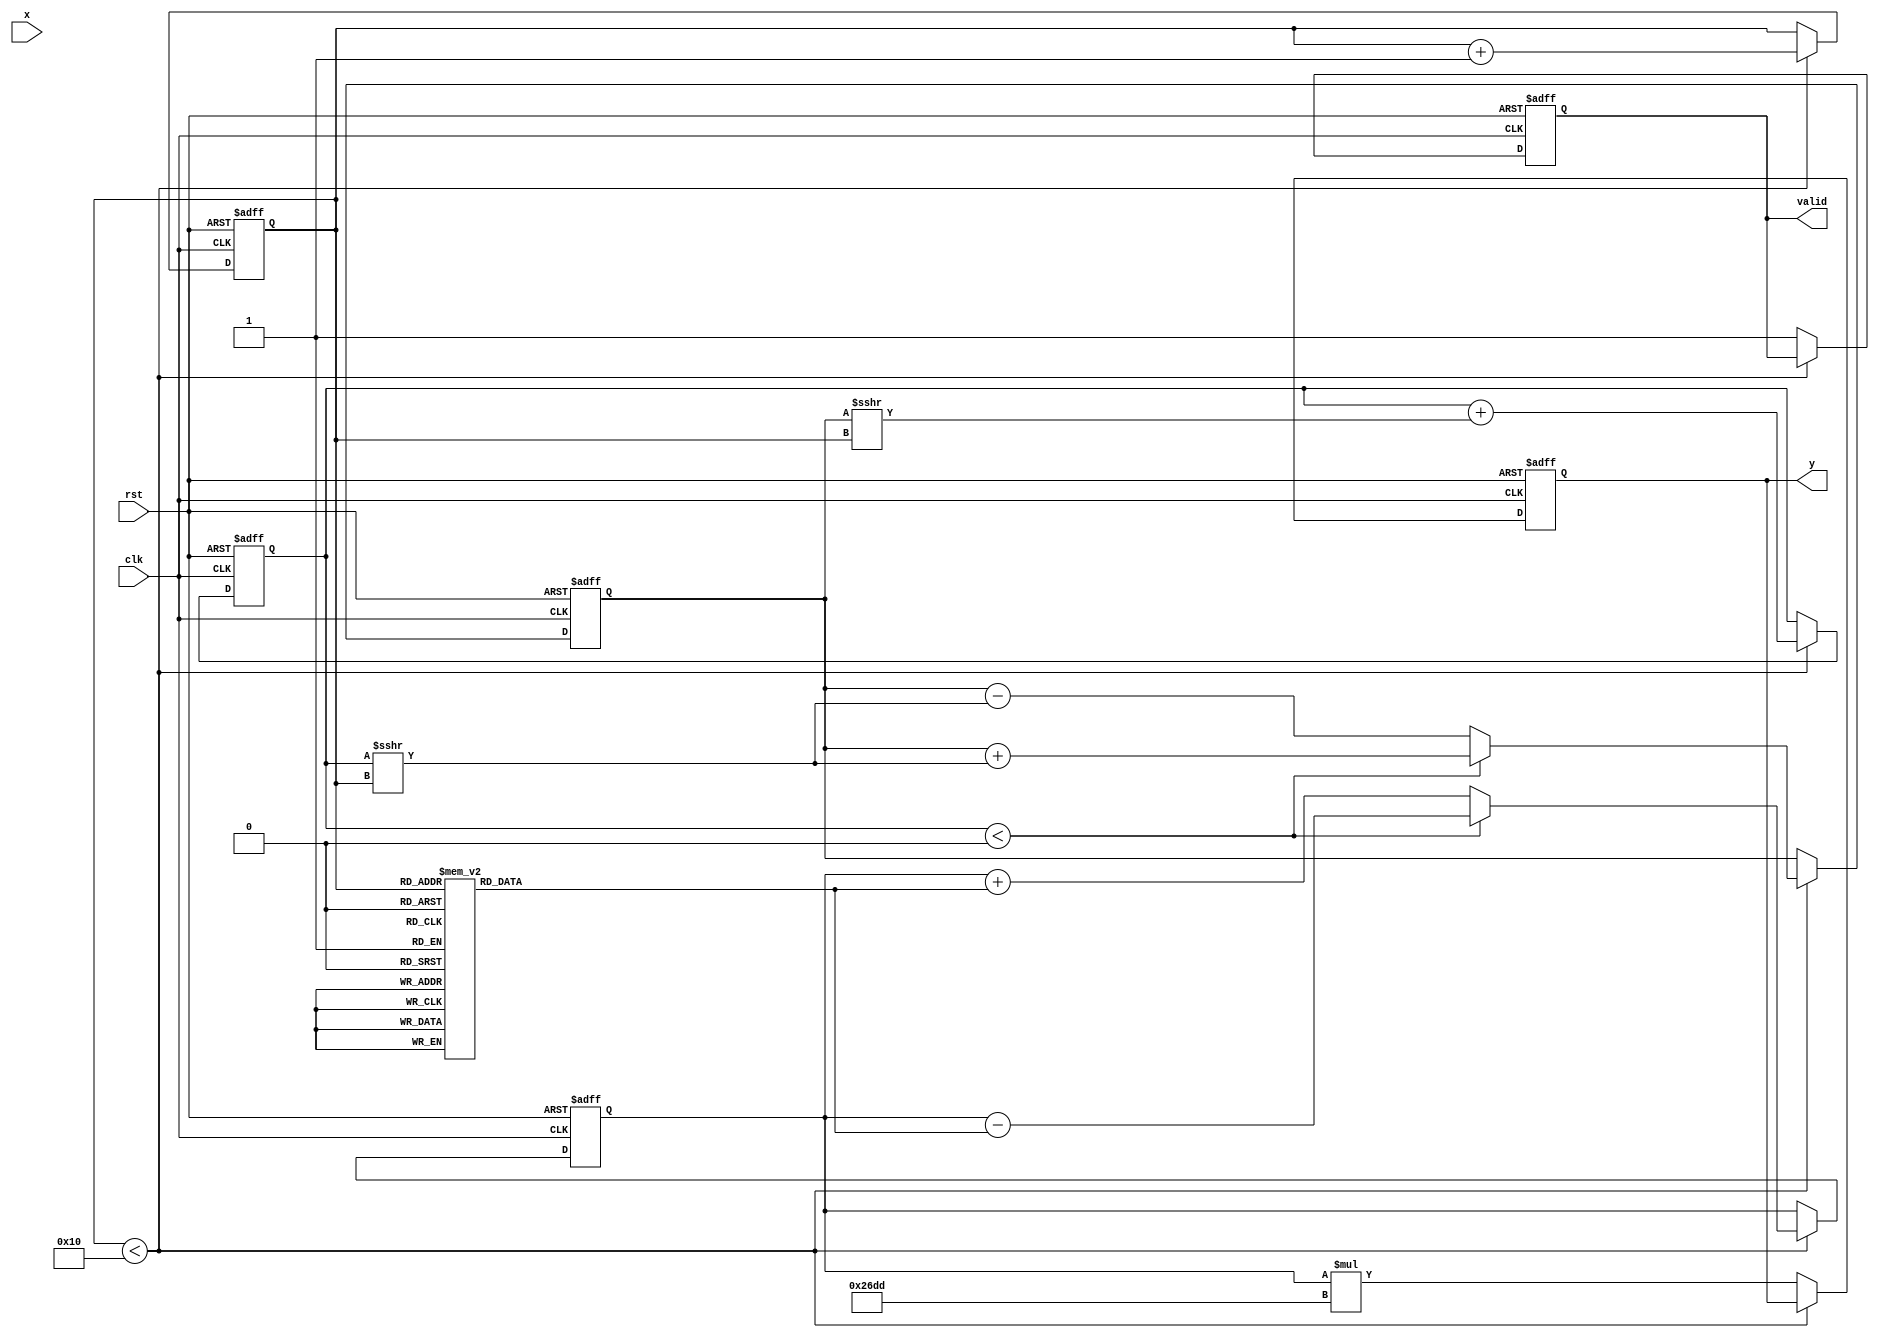
module atan_block #(
    parameter N = 16, // Input width
    parameter M = 16   // Output width
)(
    input wire clk,
    input wire rst,
    input wire [N-1:0] x, // Input value (fixed-point)
    output reg [M-1:0] y,  // Output value (angle in radians)
    output reg valid        // Output valid signal
);

    // CORDIC parameters
    localparam NUM_ITER = 16; // Number of iterations
    localparam K = 16'h26DD;  // CORDIC gain (K = 1/sqrt(1 + 2^(-2n))) for n = 16

    // CORDIC angle table (arctan(2^-i) for i = 0 to NUM_ITER-1)
    reg [M-1:0] atan_table [0:NUM_ITER-1];
    initial begin
        atan_table[0] = 16'h2000; // /4 in fixed-point
        atan_table[1] = 16'h1666; // /6 in fixed-point
        atan_table[2] = 16'h0C9A; // /12 in fixed-point
        atan_table[3] = 16'h05A8; // /24 in fixed-point
        // Fill in the rest of the atan_table as needed
        // ...
    end

    // Internal signals
    reg [N-1:0] x_reg;
    reg [N-1:0] y_reg;
    reg [M-1:0] z_reg;
    reg [NUM_ITER-1:0] x_sign;
    reg [NUM_ITER-1:0] y_sign;
    reg [3:0] i;

    always @(posedge clk or posedge rst) begin
        if (rst) begin
            y <= 0;
            valid <= 0;
            x_reg <= 0;
            y_reg <= 0;
            z_reg <= 0;
            i <= 0;
        end else begin
            if (i < NUM_ITER) begin
                // CORDIC rotation
                if (x_reg < 0) begin
                    x_sign[i] <= 1;
                    y_reg <= y_reg + (x_reg >>> i);
                    x_reg <= x_reg + (y_reg >>> i);
                    z_reg <= z_reg - atan_table[i];
                end else begin
                    x_sign[i] <= 0;
                    y_reg <= y_reg - (x_reg >>> i);
                    x_reg <= x_reg + (y_reg >>> i);
                    z_reg <= z_reg + atan_table[i];
                end
                i <= i + 1;
            end else begin
                // Final output
                y <= z_reg * K; // Apply gain
                valid <= 1;
            end
        end
    end

endmodule